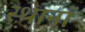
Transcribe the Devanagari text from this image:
स्थानॉ